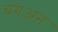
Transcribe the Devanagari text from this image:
चंगअन